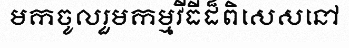
មកចូលរួមកម្មវីធីដ៏ពិសេសនៅ